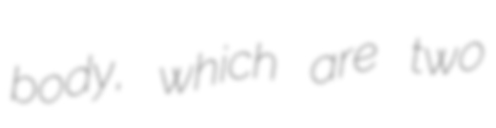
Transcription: body, which are two